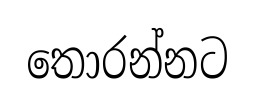
තොරන්නට